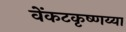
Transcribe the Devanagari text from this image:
वेंकटकृष्णय्या